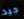
جيد